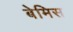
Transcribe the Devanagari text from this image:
बेमिस